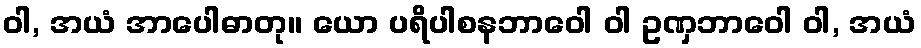
ဝါ, အယံ အာပေါဓာတု။ ယော ပရိပါစနဘာဝေါ ဝါ ဥဏှဘာဝေါ ဝါ, အယံ